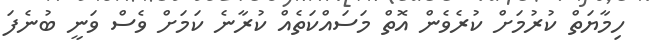
ހިމާޔަތް ކުުރުމަށް ކުރެވެން އޮތް މަސައްކަތެއް ކުރާނެ ކަމަށް ވެސް ވަނީ ބުނެފަ